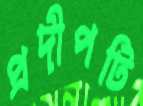
প্রদীপটি